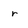
Character: r